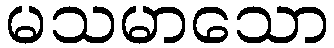
မသမာသော